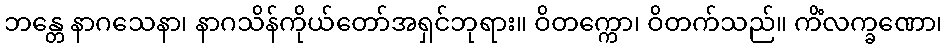
ဘန္တေ နာဂသေနာ၊ နာဂသိန်ကိုယ်တော်အရှင်ဘုရား။ ဝိတက္ကော၊ ဝိတက်သည်။ ကိံလက္ခဏော၊